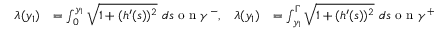
\begin{array} { r l r l } { \lambda ( y _ { 1 } ) } & { = \int _ { 0 } ^ { y _ { 1 } } \sqrt { 1 + ( h ^ { \prime } ( s ) ) ^ { 2 } } \ d s \textnormal { o n } \gamma ^ { - } , } & { \lambda ( y _ { 1 } ) } & { = \int _ { y _ { 1 } } ^ { \Gamma } \sqrt { 1 + ( h ^ { \prime } ( s ) ) ^ { 2 } } \ d s \textnormal { o n } \gamma ^ { + } } \end{array}